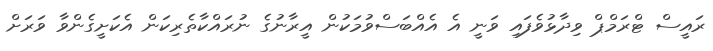
ރައީސް ޓްރަމްޕް ވިދާޅުވެފައި ވަނީ އެ އެއްބަސްވުމަކުން އީރާނުގެ ނުރައްކާތެރިކަން އެކަށީގެންވާ ވަރަށް